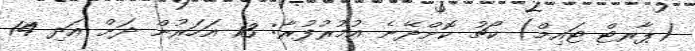
(ޕާރޓް ޓައިމް) ކޯޗު ކޮށްދޭނެ އުމުރުފުރާ: 13 އަހަރުން ދަށް އަދި 14